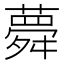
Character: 𦾋